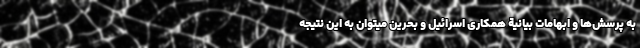
به پرسش‌ها و ابهامات بیانیة همکاری اسرائیل و بحرین میتوان به این نتیجه